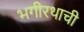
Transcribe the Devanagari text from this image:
भगीरथाची